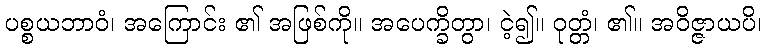
ပစ္စယဘာဝံ၊ အကြောင်း ၏ အဖြစ်ကို။ အပေက္ခိတွာ၊ ငဲ့၍။ ဝုတ္တံ၊ ၏။ အဝိဇ္ဇာယပိ၊